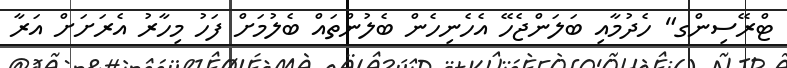
ޓްރޭސިންގ" ހެދުމާއި ބަލަންޖެހޭ އެހެނިހެން ބެލުންތައް ބެލުމަށް ފަހު މިހާރު އެރަށަށް އަރާ